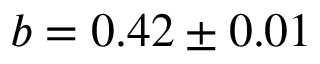
b = 0 . 4 2 \pm 0 . 0 1